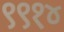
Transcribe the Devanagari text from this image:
९९१४